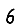
Digit: 6